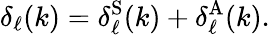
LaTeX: \delta_{\ell}(k)=\delta_{\ell}^{\mathrm{S}}(k)+\delta_{\ell}^{\mathrm{A}}(k).